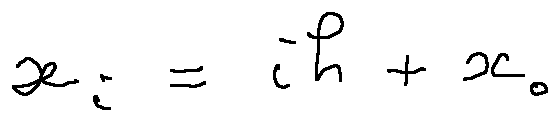
x _ { i } = i h + x _ { 0 }